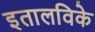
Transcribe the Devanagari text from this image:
इतालविके